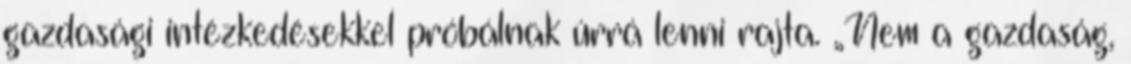
gazdasági intézkedésekkel próbálnak úrrá lenni rajta. „Nem a gazdaság,